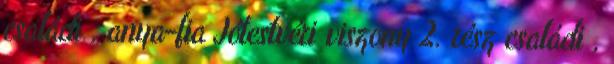
családi , anya-fia Jótestvéri viszony 2. rész családi ,